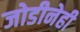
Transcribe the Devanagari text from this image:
जोडीनेही